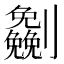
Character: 𰅈